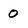
Character: 0